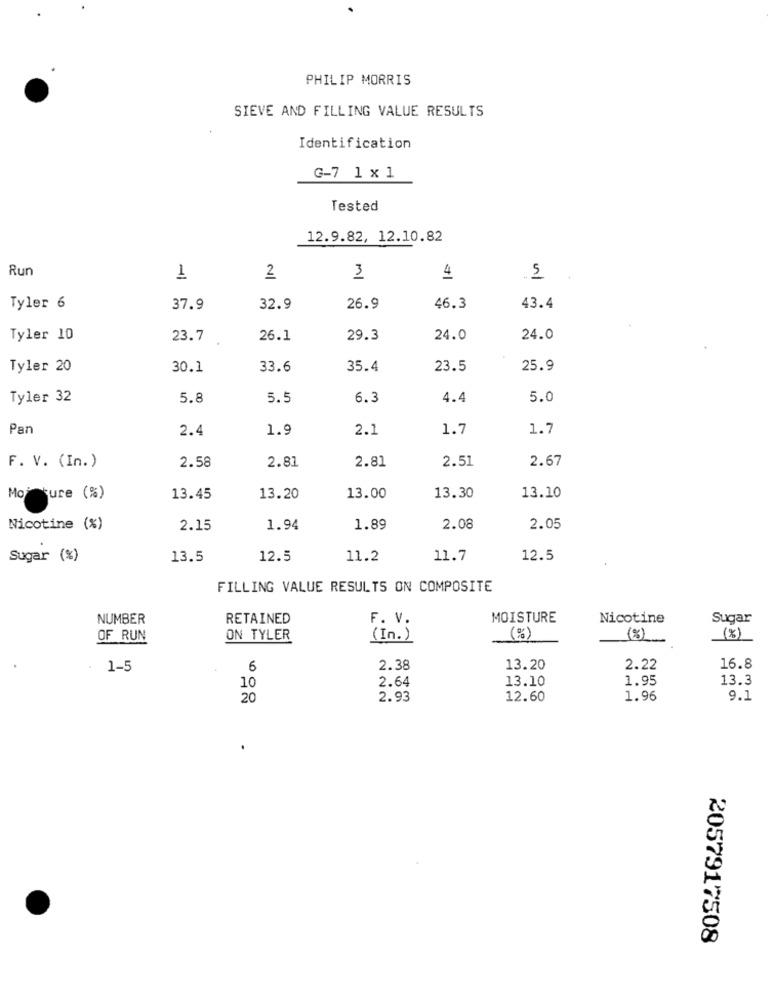
PHILIP MORRIS
SIEVE AND FILLING VALUE RESULTS
Identification
G-7 1 x1
Tested
12.9.82, 12.10.82
Run
1
2
3
4
5
Tyler 6
37.9
32.9
26.9
46.3
43.4
Tyler 10
23.7
26.1
29.3
24.0
24.0
Tyler 20
30.1
33.6
35.4
23.5
25.9
Tyler 32
5.8
5.5
6.3
4.4
5.0
Pan
2.4
1.9
2.1
1.7
1.7
2.58
2.81
2.81
2.67
F. V. (In.)
2.51
Moisture (%)
13.45
13.20
13.00
13.30
13.10
Nicotine (%)
2.15
1.94
1.89
2.08
2.05
Sugar (%)
13.5
12.5
11.2
11.7
12.5
FILLING VALUE RESULTS ON COMPOSITE
NUMBER
RETAINED
MOISTURE
Nicotine
Sugar
F. V.
OF RUN
ON TYLER
( In . )
(%)
(8)
-
(%)
1-5
6
2.38
13.20
2.22
16.8
2.64
13.10
1.95
13.3
10
20
2.93
12.60
1.96
9.1
2057917508